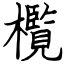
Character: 㰖